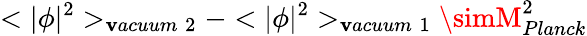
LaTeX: <|\phi|^{2}>_{\mathbf{v}acuum\; 2}-<|\phi|^{2}>_{\mathbf{v}acuum\; 1}\simM_{Planck}^{2}